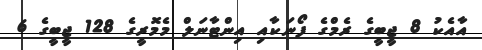
އާއެކު 8 ޖީބީގެ ރެމްގެ ފޯނަކާއި އިންޓާނަލް މެމޮރީގެ 128 ޖީބީގެ 6